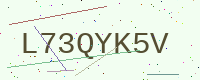
Text: L73QYK5V